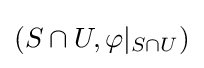
(S\cap U,\varphi \vert _{S\cap U})